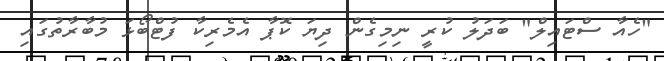
"ހެއާ ސްޓައިލް" ބަދަލު ކުރީ ނިމިގެން ދިޔަ ކޮޕާ އެމެރިކާ ފުޓްބޯޅަ މުބާރާތުގައި